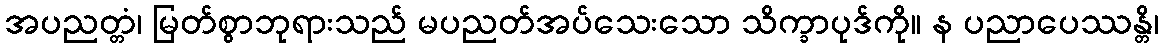
အပညတ္တံ၊ မြတ်စွာဘုရားသည် မပညတ်အပ်သေးသော သိက္ခာပုဒ်ကို။ န ပညာပေဿန္တိ၊